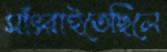
সাঁৎরাইতেছিলে